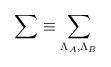
LaTeX: \begin{align*}\sum \equiv \sum _{\Lambda _{A},\Lambda _{B}}\end{align*}